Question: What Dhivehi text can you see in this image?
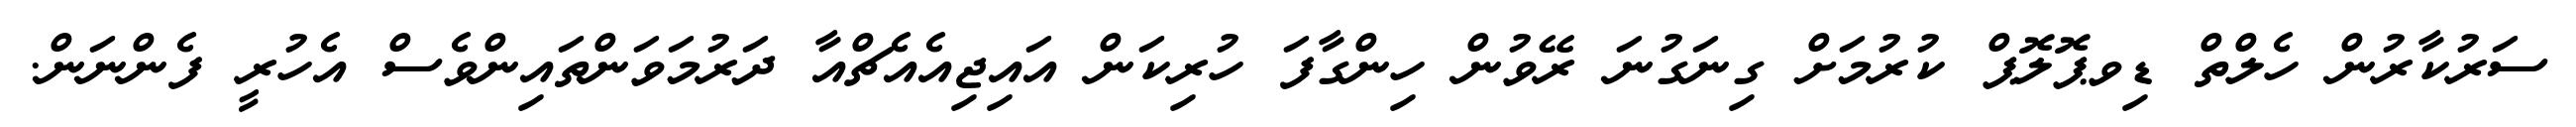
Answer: ސަރުކާރުން ހެލްތް ޑިވޕޮލޮޕް ކުރުމަށް ގިނަގުނަ ރޭވުން ހިންގާފަ ހުރިކަން އައިޖިއެއެޗްއާ ދަރުމަވަންތައިންވެސް އެހުރީ ފެންނަން.